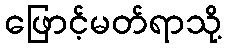
ဖြောင့်မတ်ရာသို့